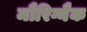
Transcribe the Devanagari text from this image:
मौरिग्नैक